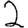
Digit: 2